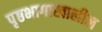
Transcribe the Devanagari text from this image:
पृष्ठभागाखालील